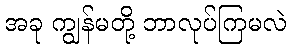
အခု ကျွန်မတို့ ဘာလုပ်ကြမလဲ